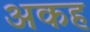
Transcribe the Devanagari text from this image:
अकह